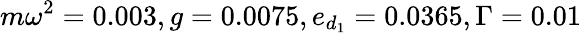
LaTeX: m\omega^{2}=0.003,g=0.0075,e_{d_{1}}=0.0365,\Gamma=0.01